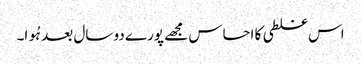
اس غلطی کا احساس مجھے پورے دو سال بعد ہُوا۔